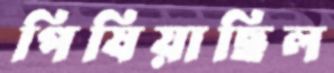
পিষিয়াছিল